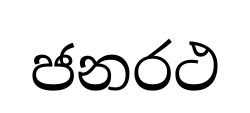
ජනරථ